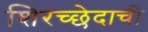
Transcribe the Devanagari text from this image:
शिरच्छेदाची